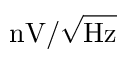
\mathrm { n V / \sqrt { H z } }